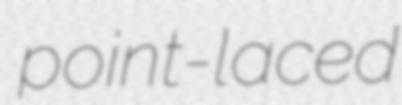
point-laced